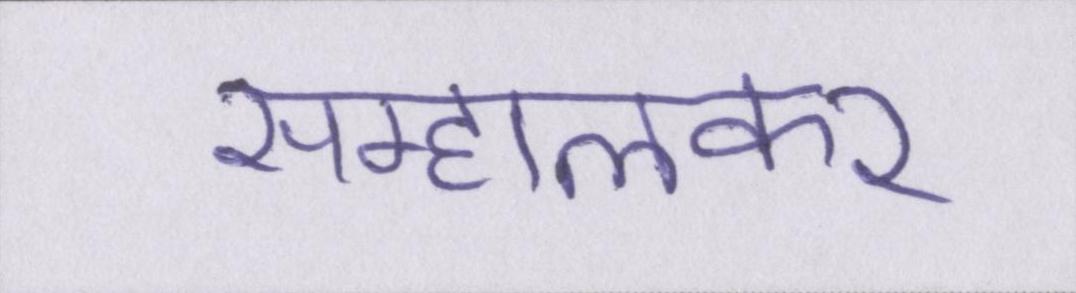
सम्हालकर